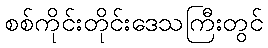
စစ်ကိုင်းတိုင်းဒေသကြီးတွင်